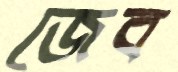
জেব